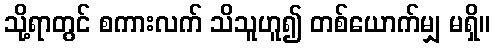
သို့ရာတွင် စကားလက် သိသူဟူ၍ တစ်ယောက်မျှ မရှိ။